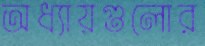
অধ্যায়গুলোর